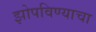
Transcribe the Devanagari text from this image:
झोपविण्याचा